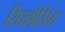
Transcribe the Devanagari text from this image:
सिरहोसिस